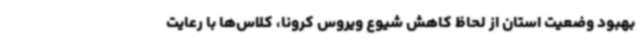
بهبود وضعیت استان از لحاظ کاهش شیوع ویروس کرونا، کلاس‌ها با رعایت